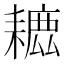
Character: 𦔗